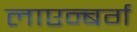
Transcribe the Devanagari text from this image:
लाएन्बर्ग